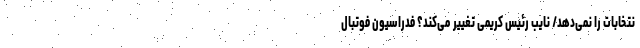
نتخابات را نمی‌دهد/ نایب رئیس کریمی تغییر می‌کند؟ فدراسیون فوتبال